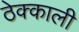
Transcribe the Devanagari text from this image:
ठेक्काली